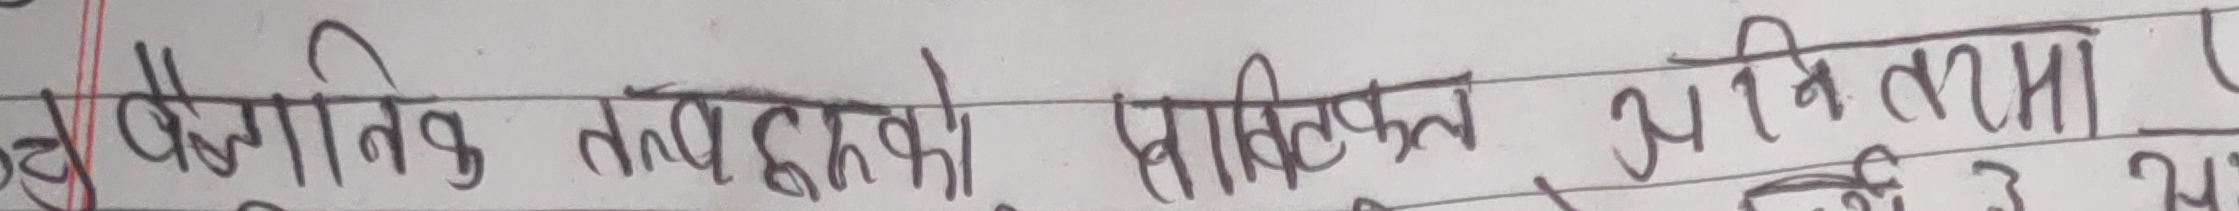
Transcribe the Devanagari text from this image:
दुवै गणितिक तथ्यहरुको सरलीकरण अविनतामा प्र